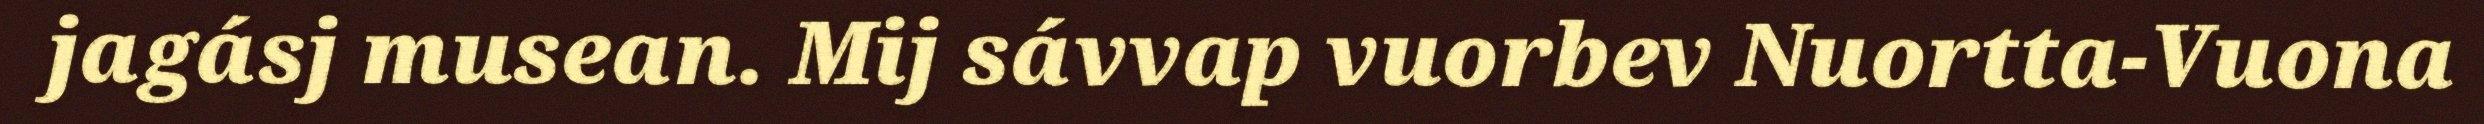
jagásj musean. Mij sávvap vuorbev Nuortta-Vuona